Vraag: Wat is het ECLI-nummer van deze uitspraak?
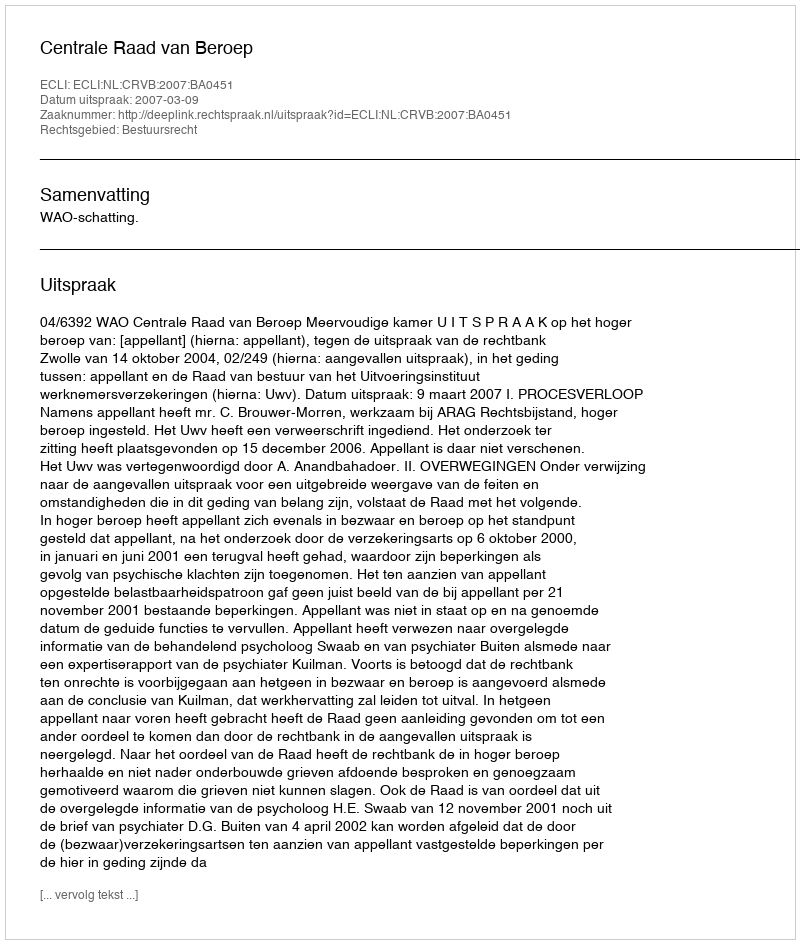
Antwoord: ECLI:NL:CRVB:2007:BA0451